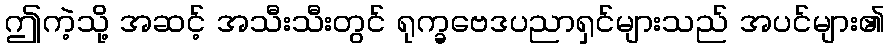
ဤကဲ့သို့ အဆင့် အသီးသီးတွင် ရုက္ခဗေဒပညာရှင်များသည် အပင်များ၏